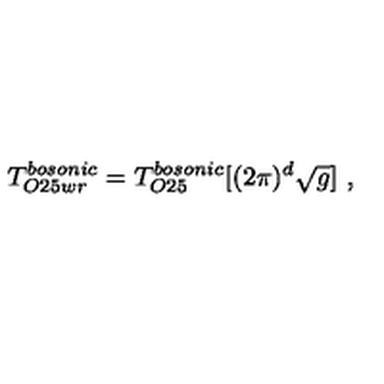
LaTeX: T _ { O 2 5 w r } ^ { b o s o n i c } = T _ { O 2 5 } ^ { b o s o n i c } [ ( 2 \pi ) ^ { d } \sqrt { g } ] \ ,